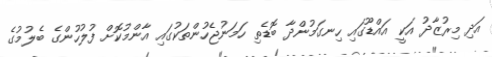
އަދި މިރުޒާދު އަކީ އައްޑޫގައި ހިނގަމުންދާ ބޮޑެތި ހަމަނުޖެހުންތަކުގައި އާންމުކޮށް ފުލުހުންގެ ބެލުމުގެ